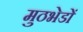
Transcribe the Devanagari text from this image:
मुठभेडों